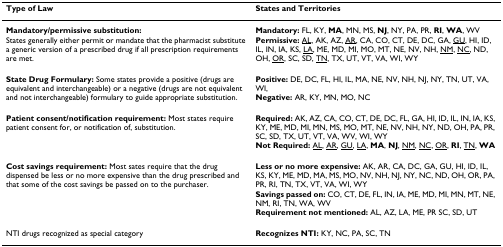
| Type of Law | States and Territories |
 | --- | --- |
 | Mandatory/permissive substitution:States generally either permit or mandate that the pharmacist substitute a generic version of a prescribed drug if all prescription requirements are met. | Mandatory: FL, KY, MA, MN, MS, NJ, NY, PA, PR, RI, WA, WVPermissive: <underline>AL</underline>, AK, AZ, <underline>AR</underline>, CA, CO, CT, DE, DC, GA, <underline>GU</underline>, HI, ID, IL, IN, IA, KS, <underline>LA</underline>, ME, MD, MI, MO, MT, NE, NV, NH, <underline>NM</underline>, <underline>NC</underline>, ND, OH, <underline>OR</underline>, SC, SD, <underline>TN</underline>, TX, UT, VT, VA, WI, WY |
 | State Drug Formulary: Some states provide a positive (drugs are equivalent and interchangeable) or a negative (drugs are not equivalent and not interchangeable) formulary to guide appropriate substitution. | Positive: DE, DC, FL, HI, IL, MA, NE, NV, NH, NJ, NY, TN, UT, VA, WI,Negative: AR, KY, MN, MO, NC |
 | Patient consent/notification requirement: Most states require patient consent for, or notification of, substitution. | Required: AK, AZ, CA, CO, CT, DE, DC, FL, GA, HI, ID, IL, IN, IA, KS, KY, ME, MD, MI, MN, MS, MO, MT, NE, NV, NH, NY, ND, OH, PA, PR, SC, SD, TX, UT, VT, VA, WV, WI, WYNot Required: <underline>AL</underline>, <underline>AR</underline>, <underline>GU</underline>, <underline>LA</underline>, MA, NJ, <underline>NM</underline>, <underline>NC</underline>, <underline>OR</underline>, RI, <underline>TN</underline>, WA |
 | Cost savings requirement: Most sates require that the drug dispensed be less or no more expensive than the drug prescribed and that some of the cost savings be passed on to the purchaser. | Less or no more expensive: AK, AR, CA, DC, GA, GU, HI, ID, IL, KS, KY, ME, MD, MA, MS, MO, NV, NH, NJ, NY, NC, ND, OH, OR, PA, PR, RI, TN, TX, VT, VA, WI, WYSavings passed on: CO, CT, DE, FL, IN, IA, ME, MD, MI, MN, MT, NE, NM, RI, TN, WA, WVRequirement not mentioned: AL, AZ, LA, ME, PR SC, SD, UT |
 | NTI drugs recognized as special category | Recognizes NTI: KY, NC, PA, SC, TN |